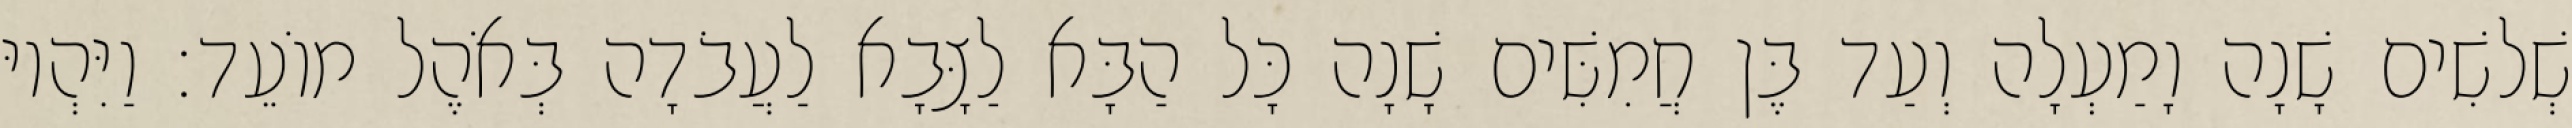
שְׁלשִׁים שָׁנָה וָמַעְלָה וְעַד בֶּן חֲמִשִּׁים שָׁנָה כָּל הַבָּא לַצָּבָא לַעֲבֹדָה בְּאֹהֶל מוֹעֵד׃ וַיִּהְיוּ